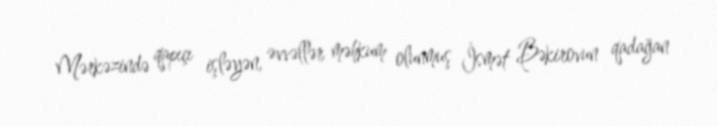
Mərkəzində qapıçı işləyən, əvvəllər məhkum olunmuş İsmət Bəkirovun qadağan